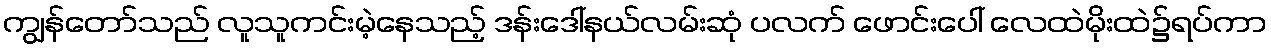
ကျွန်တော်သည် လူသူကင်းမဲ့နေသည့် ဒန်းဒေါ်နယ်လမ်းဆုံ ပလက် ဖောင်းပေါ် လေထဲမိုးထဲ၌ရပ်ကာ